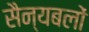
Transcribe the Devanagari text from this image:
सैन्यबलों